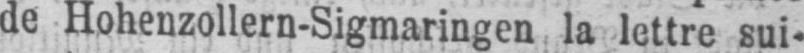
de Hohenzollern-Sigmaringeu la lettre sui-